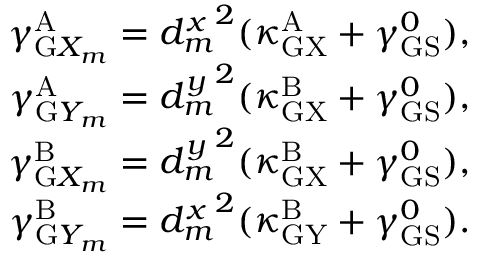
\begin{array} { r } { \gamma _ { \mathrm { G } X _ { m } } ^ { \mathrm { A } } = { d _ { m } ^ { x } } ^ { 2 } ( \kappa _ { \mathrm { G X } } ^ { \mathrm { A } } + \gamma _ { \mathrm { G S } } ^ { 0 } ) , } \\ { \gamma _ { \mathrm { G } Y _ { m } } ^ { \mathrm { A } } = { d _ { m } ^ { y } } ^ { 2 } ( \kappa _ { \mathrm { G X } } ^ { \mathrm { B } } + \gamma _ { \mathrm { G S } } ^ { 0 } ) , } \\ { \gamma _ { \mathrm { G } X _ { m } } ^ { \mathrm { B } } = { d _ { m } ^ { y } } ^ { 2 } ( \kappa _ { \mathrm { G X } } ^ { \mathrm { B } } + \gamma _ { \mathrm { G S } } ^ { 0 } ) , } \\ { \gamma _ { \mathrm { G } Y _ { m } } ^ { \mathrm { B } } = { d _ { m } ^ { x } } ^ { 2 } ( \kappa _ { \mathrm { G Y } } ^ { \mathrm { B } } + \gamma _ { \mathrm { G S } } ^ { 0 } ) . } \end{array}